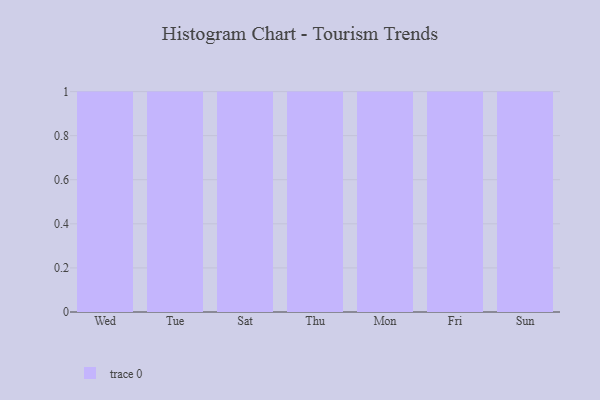
{"axis": {"x": "Day", "y": "Active Users"}, "legend": [""], "data": [{"x": "Wed", "y": 41, "type": ""}, {"x": "Tue", "y": 89, "type": ""}, {"x": "Sat", "y": 65, "type": ""}, {"x": "Thu", "y": 3, "type": ""}, {"x": "Mon", "y": 12, "type": ""}, {"x": "Fri", "y": 89, "type": ""}, {"x": "Sun", "y": 85, "type": ""}]}